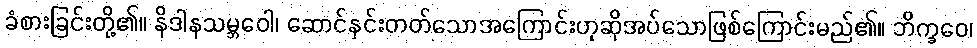
ခံစားခြင်းတို့၏။ နိဒါနသမ္ဘဝေါ၊ ဆောင်နှင်းတတ်သောအကြောင်းဟုဆိုအပ်သောဖြစ်ကြောင်းမည်၏။ ဘိက္ခဝေ၊